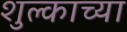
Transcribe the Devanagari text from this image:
शुल्काच्या